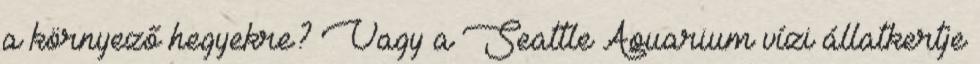
a környező hegyekre? Vagy a Seattle Aquarium vízi állatkertje